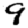
Digit: 9